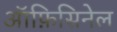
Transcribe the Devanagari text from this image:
ऑफ़िसिनेल